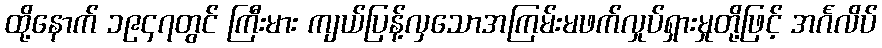
ထို့နောက် ၁၉၄၇တွင် ကြီးမား ကျယ်ပြန့်လှသောအကြမ်းမဖက်လှုပ်ရှားမှုတို့ဖြင့် အင်္ဂလိပ်